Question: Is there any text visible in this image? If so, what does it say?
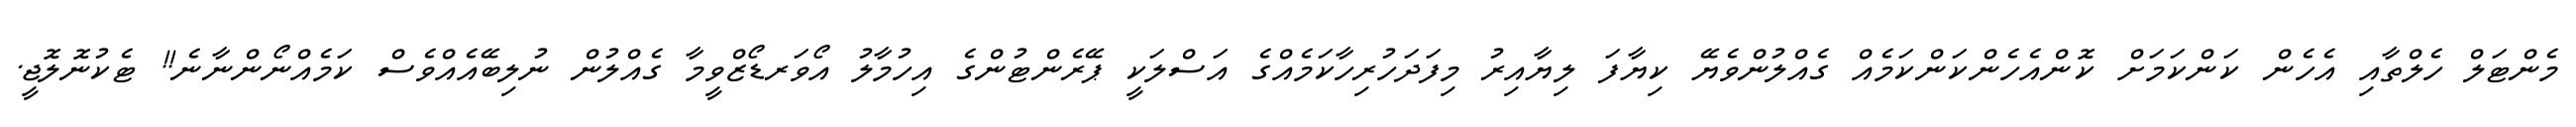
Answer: މެންޓަލް ހެލްތާއި އެހެން ކަންކަމަށް ކޮންއެހެންކަންކަމެއް ގެއްލުންވެޔޭ ކިޔާފަ ލިޔާއިރު މިފަދަހުރިހާކަމެއްގެ އަސްލަކީ ޕޭރެންޓުންގެ އިހުމާލު އޯވަރޑޯޒްވީމާ ގެއްލުން ނުލިބޭއެއްވެސް ކަމެއްނޯންނާނެ!! ޓެކުނޮލޮޖީ.